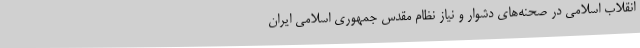
انقلاب اسلامی در صحنه‌های دشوار و نیاز نظام مقدس جمهوری اسلامی ایران